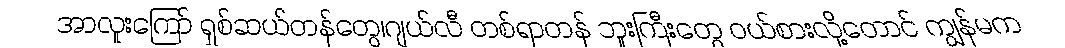
အာလူးကြော် ရှစ်ဆယ်တန်တွေ၊ဂျယ်လီ တစ်ရာတန် ဘူးကြီးတွေ ဝယ်စားလို့တောင် ကျွန်မက